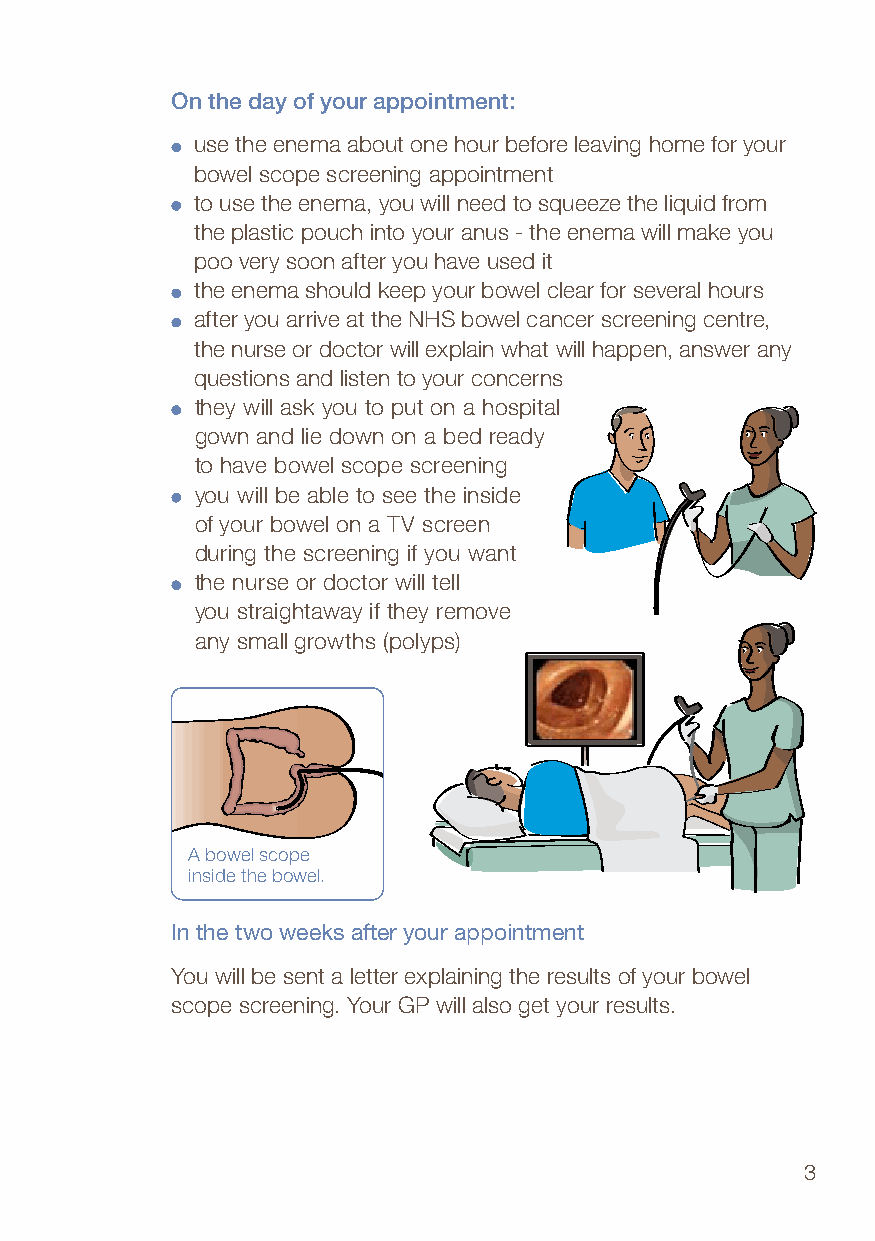
On the day of your appointment:
 use the enema about one hour before leaving home for your
 bowel scope screening appointment
 to use the enema, you will need to squeeze the liquid from
 the plastic pouch into your anus - the enema will make you
 poo very soon after you have used it
 the enema should keep your bowel clear for several hours
 after you arrive at the NHS bowel cancer screening centre,
 the nurse or doctor will explain what will happen, answer any
 questions and listen to your concerns
 they will ask you to put on a hospital
 gown and lie down on a bed ready
 to have bowel scope screening
 you will be able to see the inside
 of your bowel on a TV screen
 during the screening if you want
 the nurse or doctor will tell
 you straightaway if they remove
 any small growths (polyps)
 A bowel scope
 inside the bowel.
 In the two weeks after your appointment
 You will be sent a letter explaining the results of your bowel
 scope screening. Your GP will also get your results.
 3